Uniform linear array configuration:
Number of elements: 24
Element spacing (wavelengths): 0.5
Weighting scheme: binomial
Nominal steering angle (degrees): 0
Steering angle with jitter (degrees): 0.1779
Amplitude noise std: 0.05
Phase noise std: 0.05

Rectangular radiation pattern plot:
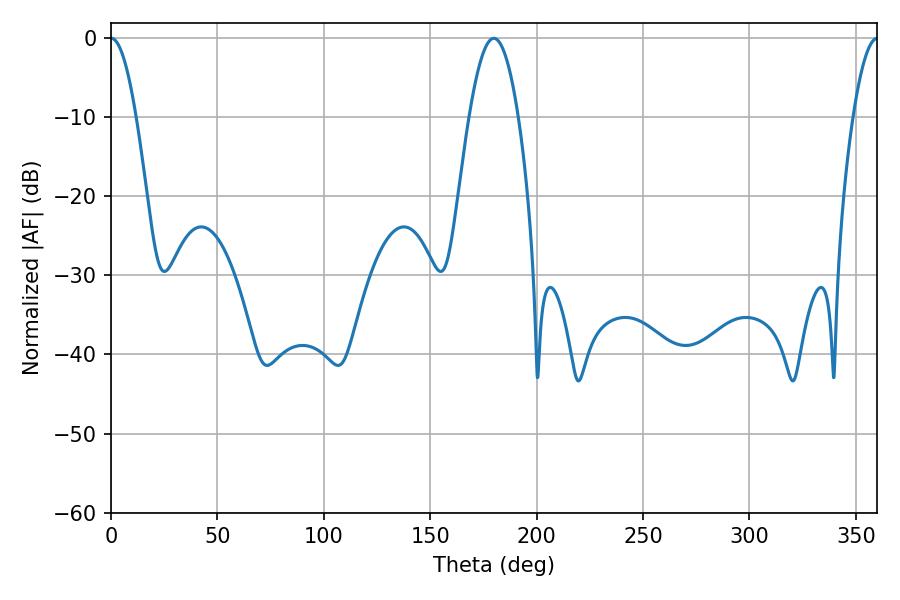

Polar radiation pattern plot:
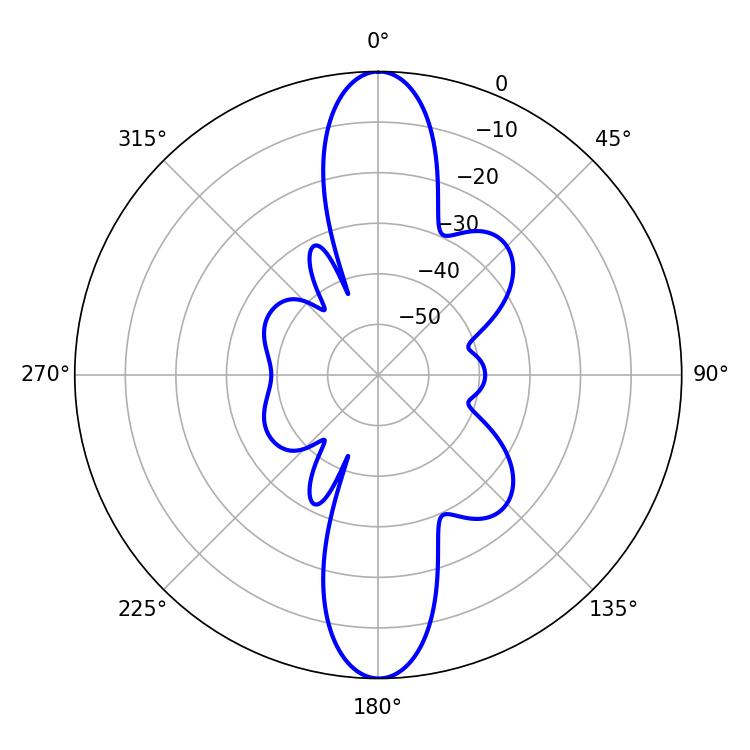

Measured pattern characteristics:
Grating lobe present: FALSE
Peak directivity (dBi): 27.406
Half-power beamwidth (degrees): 6.48
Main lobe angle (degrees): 0.18